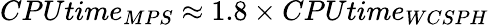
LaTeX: CPUtime_{MPS}\approx 1.8\times CPUtime_{WCSPH}